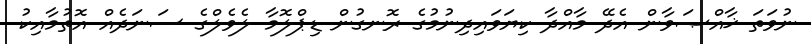
ނުވަތަ ޚާއްޞަވާން އެދޭ މާއްދާ ކިޔަވައިދިނުމުގެ ރޮނގުން ޑިޕްލޮމާ ލެވެލްގެ ސަނަދެއް އޮތުމާއިކު